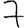
Digit: 7